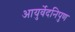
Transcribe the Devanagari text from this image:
आयुर्वेदनिपुण